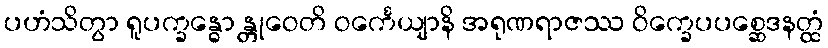
ပဟံသိတွာ ရူပက္ခန္ဓော န္တုဝေတိ ဝင်္ကေယျာနိ အရုဏရာဇဿ ဝိက္ခေပပစ္ဆေဒနတ္ထံ